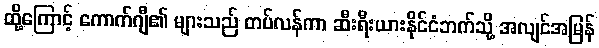
ထို့ကြောင့် ကောက်ဂျီ၏ များသည် တပ်လန်ကာ ဆီးရီးယားနိုင်ငံဘက်သို့ အလျင်အမြန်